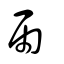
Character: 雨